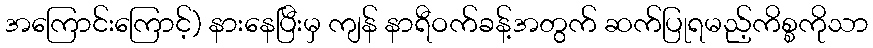
အကြောင်းကြောင့်) နားနေပြီးမှ ကျန် နာရီဝက်ခန့်အတွက် ဆက်ပြုရမည့်ကိစ္စကိုသာ